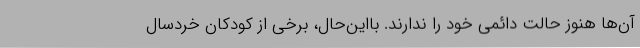
آن‌ها هنوز حالت دائمی خود را ندارند. بااین‌حال، برخی از کودکان خردسال